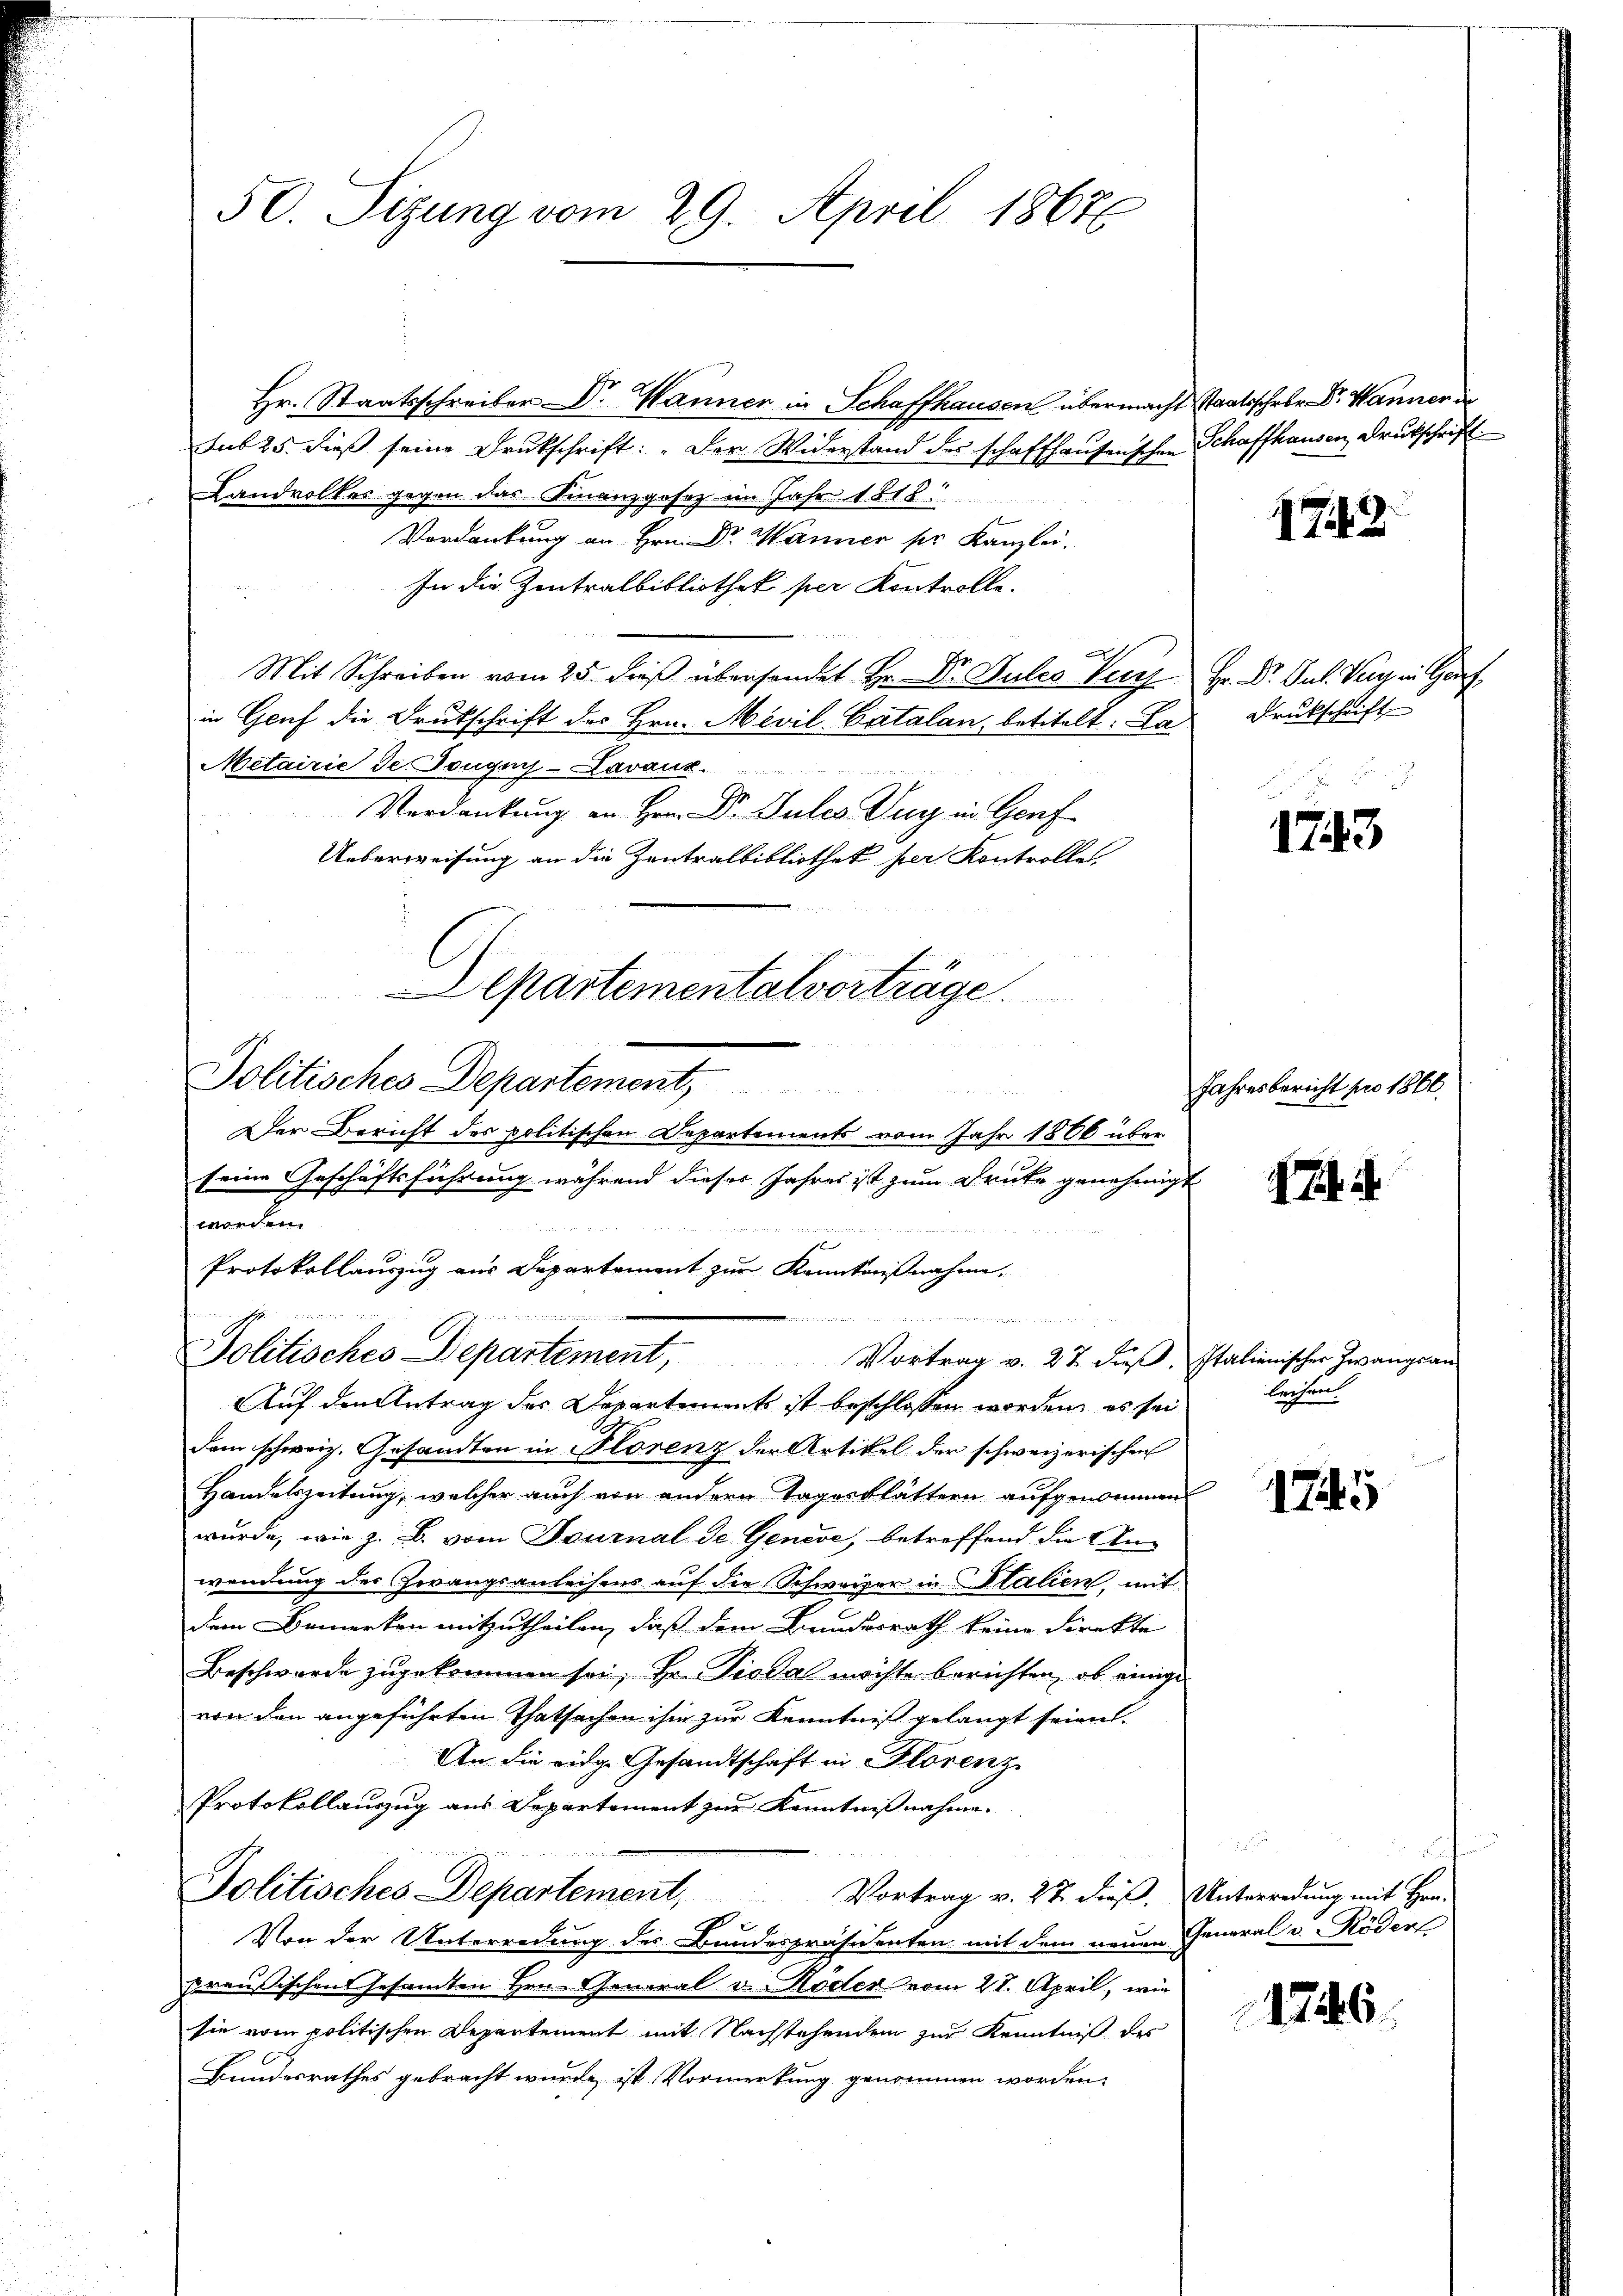
50. Sizung vom 29. April 18676

ef in ein einer einen ein

Politisches Departement, Vortrag v. 27 dieβ. Italienischer Zwangsan

.
Auf den Antrag der Departement ist beschlossen worden, es sei
dem schweiz. Gesandten in Florenz der Artikel der schweizerischen
Handelszeitung, welcher auch von andern Tagerblättern aufgenommen
wurde, wie z. B. vom Fournal de Geneve, betreffend die Anwendung des Zwangsanleihens auf die Schweizer in Italien, mit
dem Bemerken mitzutheilen, daß dem Bundesrath keine Direkte
Beschwerde zugekommen sei, Hr. Pioda möchte berichten, ob einige
von den angeführten Thatsachen ihm zur Kenntniß gelangt seien.
An die eidge Gesandtschaft in Florenz
Protokollauzug aus Departement zur Kenntnißnahme.
n
Politisches Departement,
Vortrag v. 22 dieß. Unterredung mit Hrn.
e
I
Von der Unterredung des Bundespräsidenten mit dem neuen General v. Röder
preußischen Gesamten Hrn. General v. Köder vom 21. April, wie
sie vom politischen Departement mit Nachstehenden zur Kenntniß des
Bundesrathes gebracht wurde ist Vormerkung genommen worden.

Hr. Staatsschreiber Dr. Manner in Schaffhausen übermacht staatsschrbr. Dr. Wanner
sub 25. dieß seine Drukschrift: „Der Widerstand des schaffhausenschen Schaffhausen Druckschrift
Landvolkes gegen das Finanzgesez im Jahr 1818.
Verdankung an Hrn. Dr. Wanner ser Kanzlei-
In die Zentralbibliothek per Kontrolle.

h
Mit Schreiben vom 25. dieß übersendet Hr. Dr. Julio Vech Hr. Dr. Jul. Vay in Genf
in Genf die Drukschrift des Hrn. Mevil-Catalan, betitelt: Da Druckschrift
Metairie de Dougui-Lavaux.
Verdankung an Hrn. Dr. Sules Zug in Genf
Ueberweisung an die Zentralbibliothek per Kontrolle
Departementalvorträge.
Politisches Departement,
Der Bericht des politischen Departements vom Jahr 1866 über
seine Geschäftsführung während dieser Jahres ist zum Druke genehmigt
worden.
Protokollauszug aus Departement zur Kenntnißnahme.

1743.

1743

Jahresbericht pro 1866.

E. i

leehren.

1745

1746.